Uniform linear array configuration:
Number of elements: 48
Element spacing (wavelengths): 1
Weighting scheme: uniform
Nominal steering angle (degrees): -30
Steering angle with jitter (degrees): -28.949
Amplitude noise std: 0.05
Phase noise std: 0.05

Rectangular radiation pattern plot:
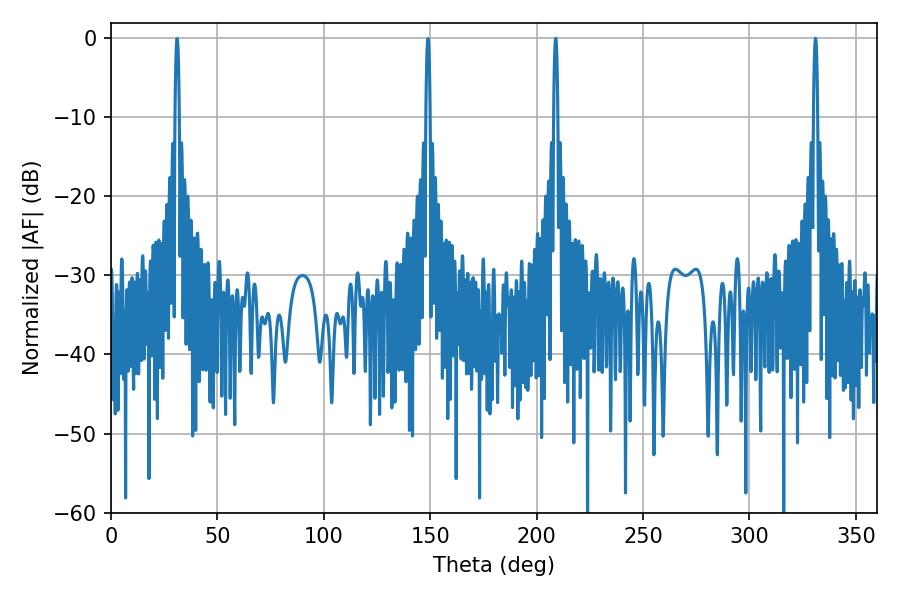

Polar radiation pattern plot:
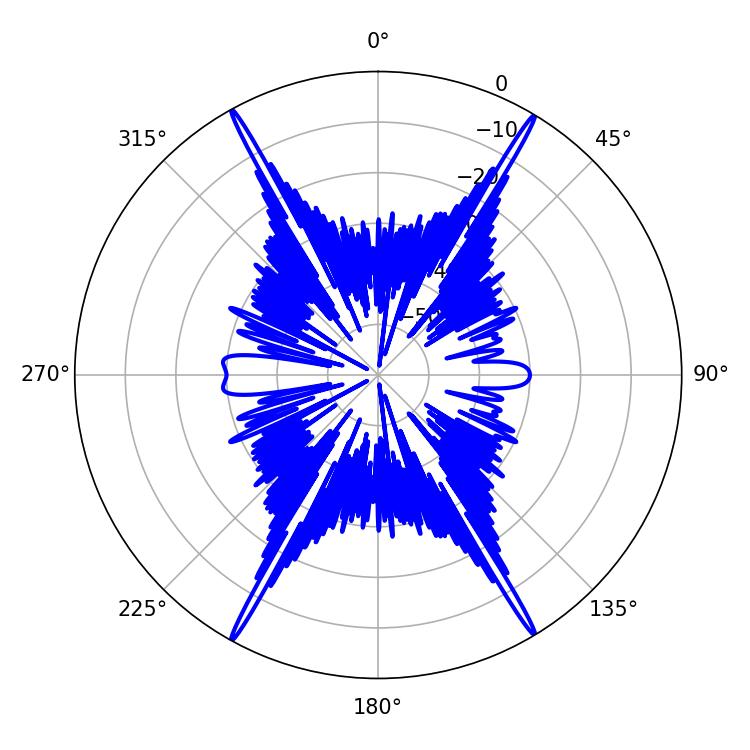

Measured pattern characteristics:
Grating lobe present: TRUE
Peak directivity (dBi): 30.408
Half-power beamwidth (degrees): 1.08
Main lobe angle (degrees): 331.02